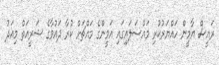
ރައީސް ޔާމީން ހައްޔަރުކުރި މައްސަލައިގައި އަމީންގެ މައްޗަށް ކުރާ ދައުވާގެ ޝަރީއަތް މިއަދު